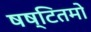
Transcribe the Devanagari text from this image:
षष्टितमो